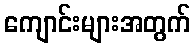
ကျောင်းများအတွက်